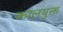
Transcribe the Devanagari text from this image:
कालयुक्त